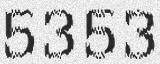
5353